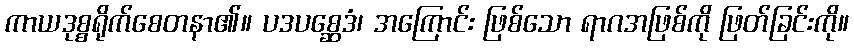
ကာယဒုစ္စရိုက်စေတနာ၏။ ပဒပစ္ဆေဒံ၊ အကြောင်း ဖြစ်သော ရာဂအဖြစ်ကို ဖြတ်ခြင်းကို။